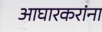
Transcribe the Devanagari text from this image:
आघारकरांना